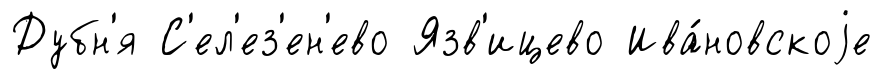
Дубн'я С'ел'ез'ен'ево Язв'ицево Ива́новскоjе